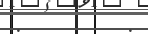
:         :